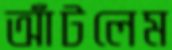
আঁটলেম